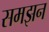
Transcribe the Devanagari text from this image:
समझन